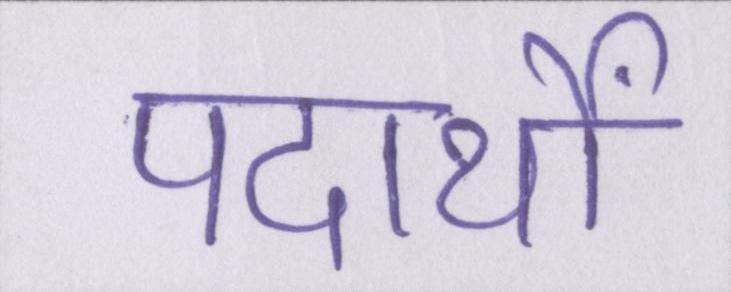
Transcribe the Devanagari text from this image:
पदार्थों